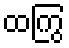
ထကြွ